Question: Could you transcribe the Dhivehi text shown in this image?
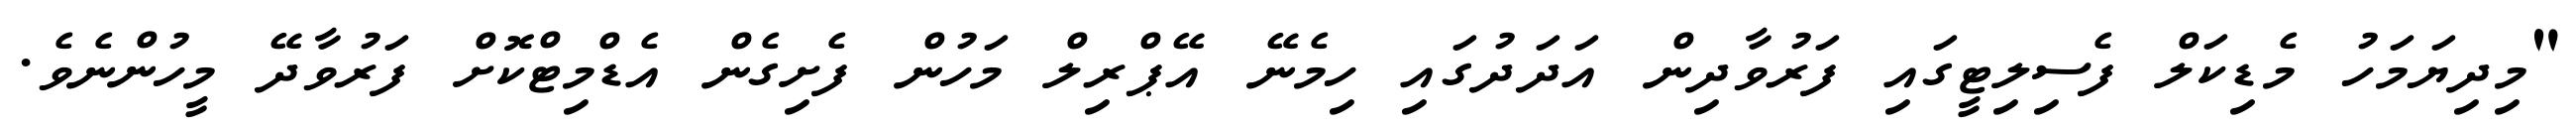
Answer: "މިދިޔަމަހު މެޑިކަލް ފެސިލިޓީގައި ފަރުވާދިން އަދަދުގައި ހިމެނޭ އޭޕްރިލް މަހުން ފެށިގެން އެޑްމިޓްކޮށް ފަރުވާދޭ މީހުންނެވެ.